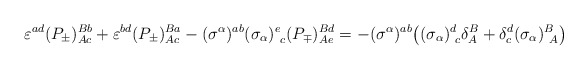
\begin{align*}\varepsilon^{ad} (P_\pm)^{B b}_{A c} + \varepsilon^{bd} (P_\pm)^{B a}_{A c} - (\sigma^\alpha)^{ab}(\sigma_\alpha)^e_{~c} (P_\mp)^{B d}_{A e} =-(\sigma^\alpha)^{ab}\bigr( (\sigma_\alpha)^d_{~c}\delta^B_A + \delta^d_c (\sigma_\alpha)^B_{~A}\bigr)\end{align*}